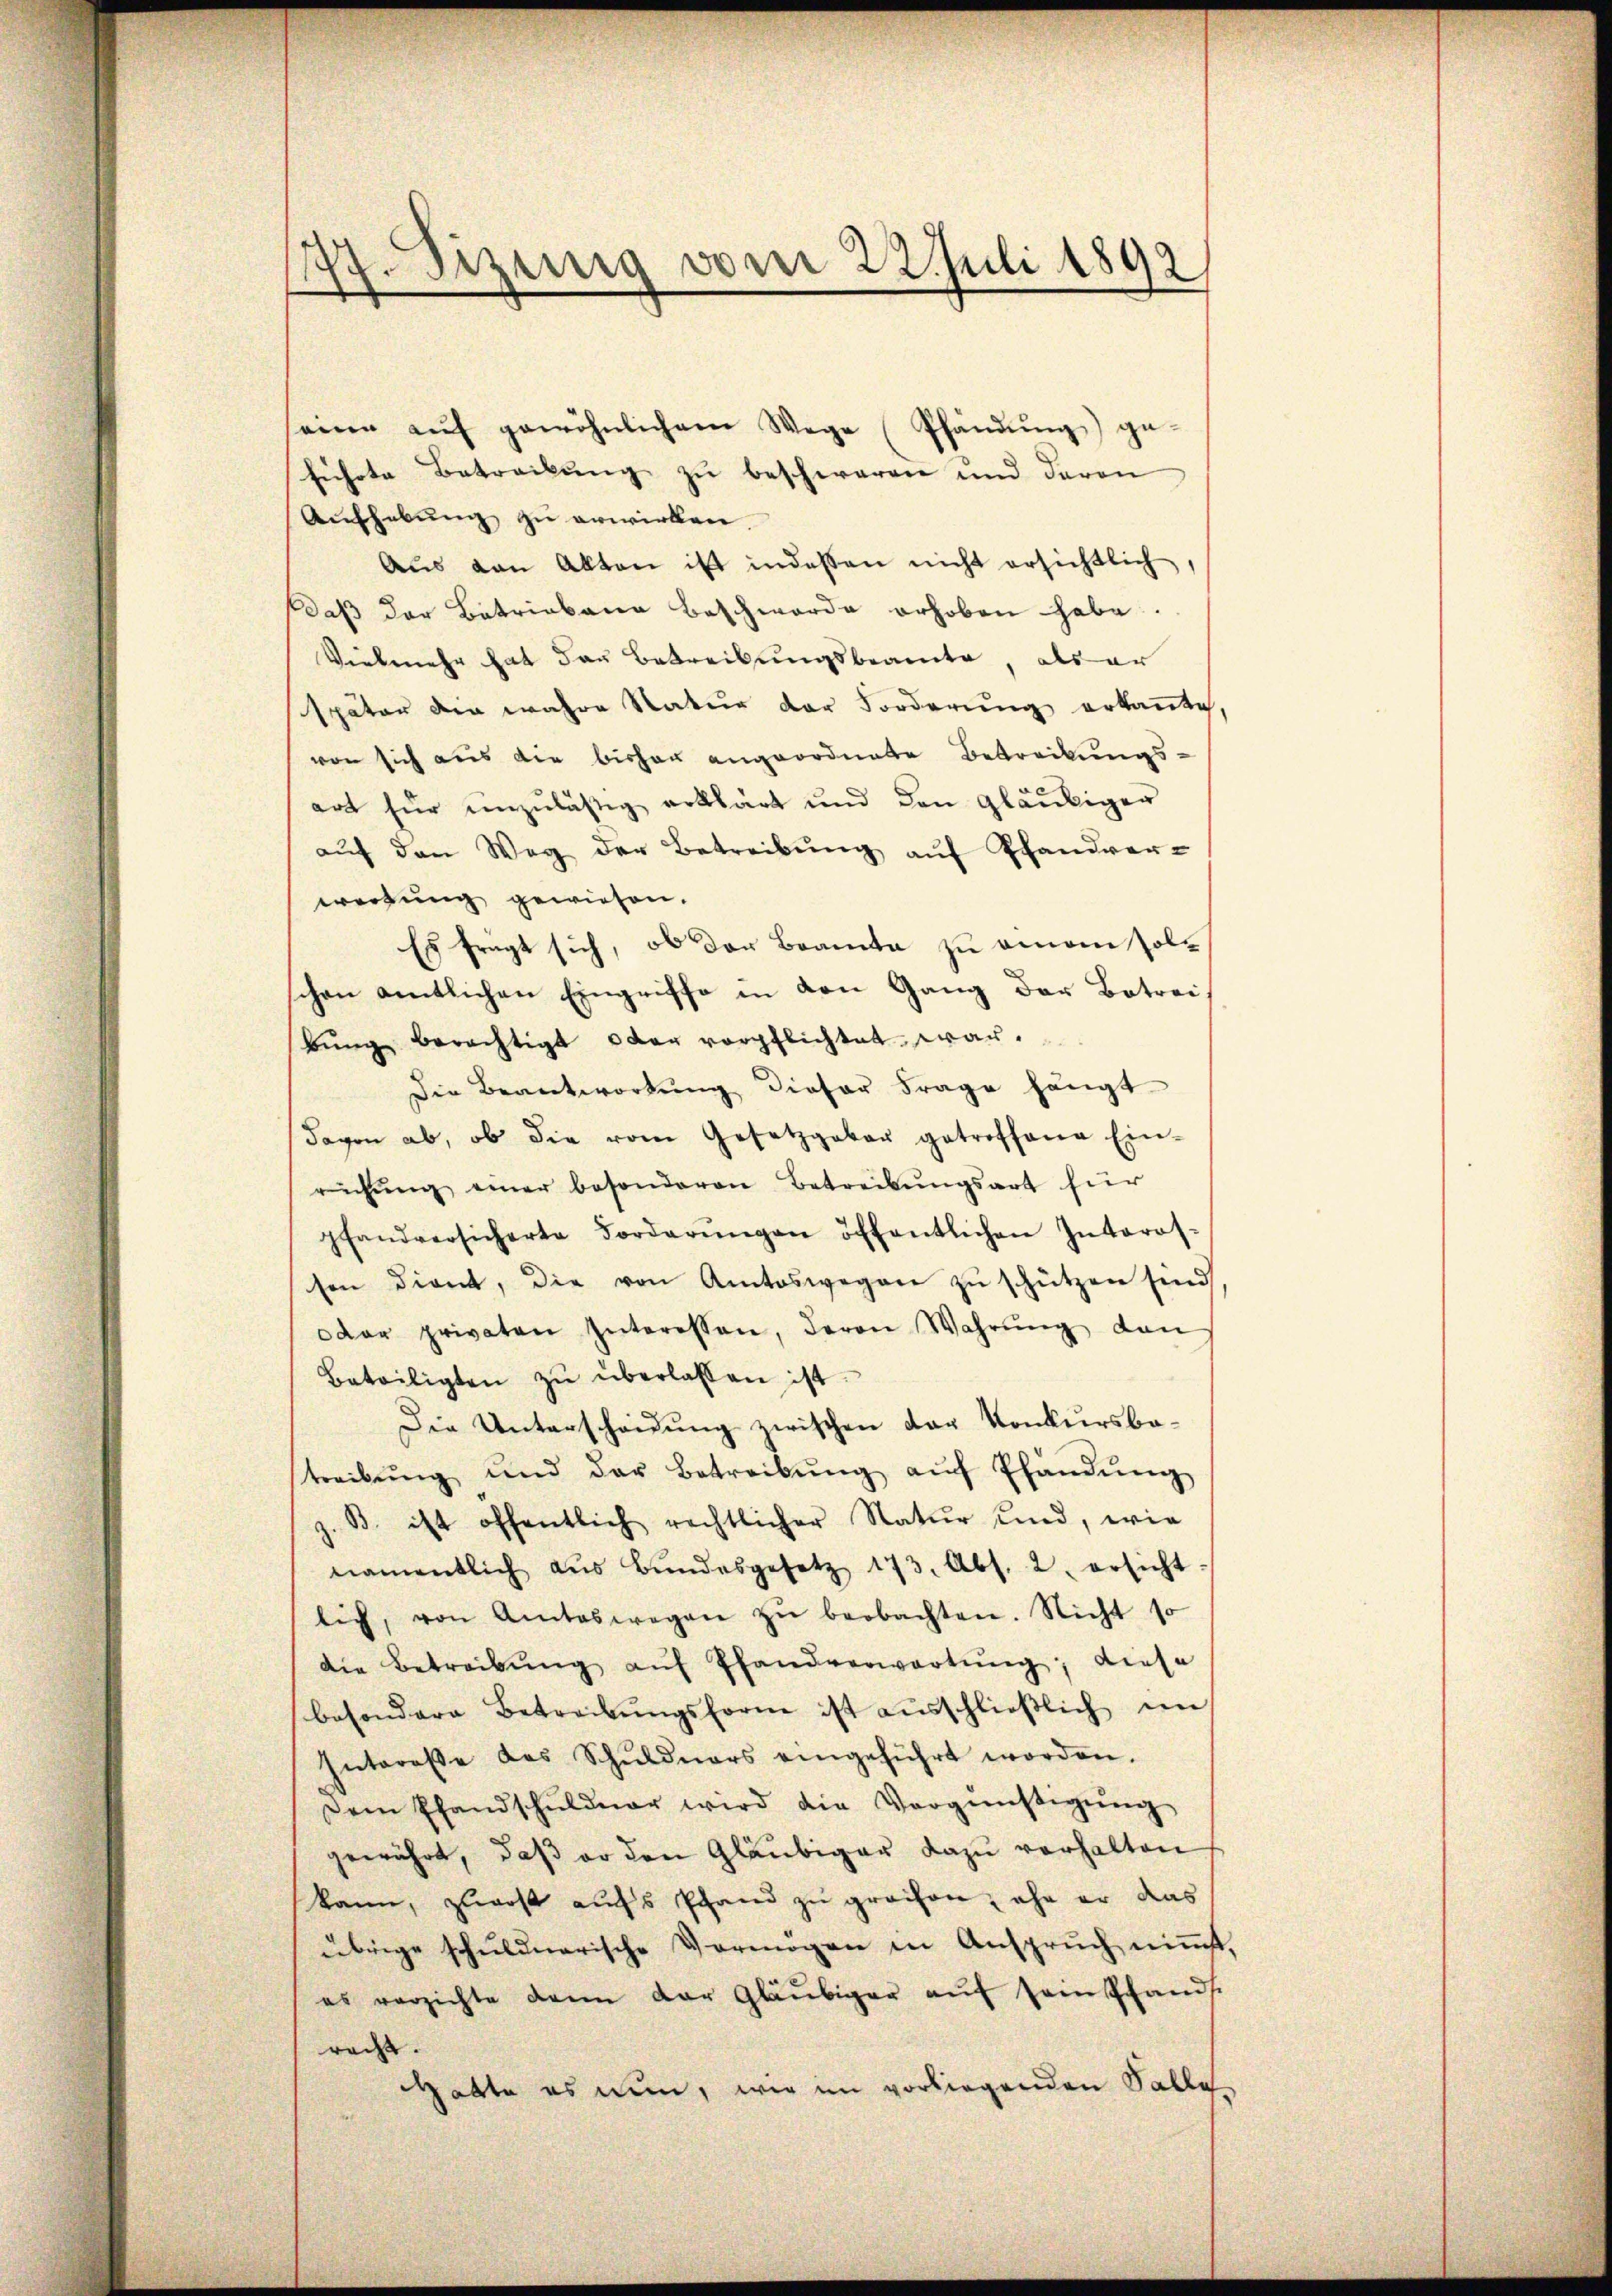
77. Diezing vom 22. Juli 1892

eine aŭf gewöhnlichem Wege Pfändung) ge-
führte Betreibung zu beschwaren und davon
Aufhebung zu erwirken.
Aus von Akten ist indessen nicht ersichtlich
daβ der Betriebene Beschwerde erhoben habe.
Vielmehr hat dau Betreibungsbeamte, als er
später die wahre Natur der Forderung erkannte,
von sich aus die bisher angeordnete Betreckungsart für unzulässig erklärt und den gläubiger
auf den Weg der Betreibung auf Pfandver-
werfung gewiesen.
Es frügt sich, ob der Beamte zu einem solschen amtlichen Eingriffe in den Gang der Betreibŭng berechtigt oder verpflichtet war.
Die Beantwortung dieser Frage hängt
davon ab, ob die vom Gesetzgeber getroffene Ein-
rühŭng einer besonderen Betreibŭngsart für
pfandversicherte Forderŭngen öffentlichen Interos-
sen dient, die von Amtswegen zŭ schützen sind
dar privaten Interessen, deren Wahrŭng den
Beteiligten zŭ überlassen ist.
Die Unterscheidung zwischen der Konkursbestreibŭng und der Betreibŭng aŭf Pfandŭng
z. B. ist öffentlich rechtlicher Natur und, wie
namentlich aŭs Bŭndesgesetz 173. Abs. 2 ersicht-
lich, von Amtswegen zŭ beobachten. Nicht so
die Betreibŭng aŭf Pfandverwartung; diese
besondere Betreibŭngsform ist aŭsschlieβlich im
Interesse des Schŭldners eingeführt worden.
Dem Pfandschuldner wird die Vergünstigŭng
gewährt, daß er den Gläubiger dazu verhalten
kann, zuerst aufs Pfand zu greifen, ehe er das
übrige schuldnerische Vermögen in Anspruch niṁt,
es verzichte dann der Gläubiger auf sempfands
racht.
gabte es nun, wie im vorliegenden Salle